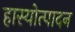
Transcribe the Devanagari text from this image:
हास्योत्पादन